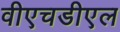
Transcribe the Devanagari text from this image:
वीएचडीएल